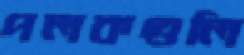
পলকগুলি